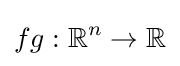
fg:\mathbb {R} ^{n}\to \mathbb {R}